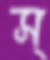
স্